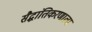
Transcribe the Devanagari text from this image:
सैद्धांतिकरणाला